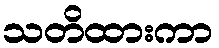
သတိထားကာ